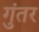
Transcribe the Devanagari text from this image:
गुंतर